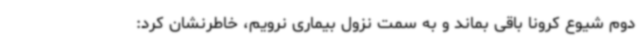
دوم شیوع کرونا باقی بماند و به سمت نزول بیماری نرویم، خاطرنشان کرد: